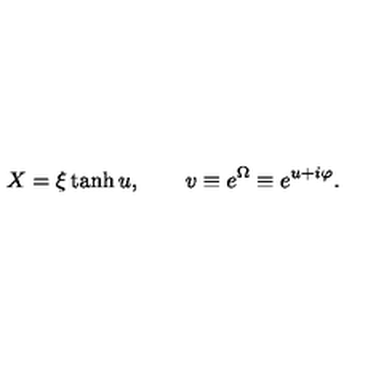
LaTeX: X = \xi \tanh u , \qquad v \equiv e ^ { \Omega } \equiv e ^ { u + i \varphi } .